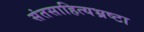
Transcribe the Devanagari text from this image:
संतसाहित्यभ्रष्टा